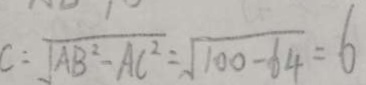
C : \sqrt { A B ^ { 2 } - A C ^ { 2 } } = \sqrt { 1 0 0 - 6 4 } = 6